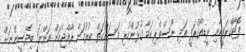
ފޮޓޯގްރަފީއާއި ވީޑިއޯގްރަފީ އަދި ނޫސްވެރިކަމާ ގުޅުންހުރި މަސައްކަތް ކުރުމަށް ރާއްޖެއަށް އަންނަ ބިދޭސީންނަށް